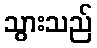
သွားသည်